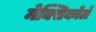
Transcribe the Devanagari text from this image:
मेक्सिकोले